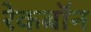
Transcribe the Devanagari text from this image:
रेकबॉन